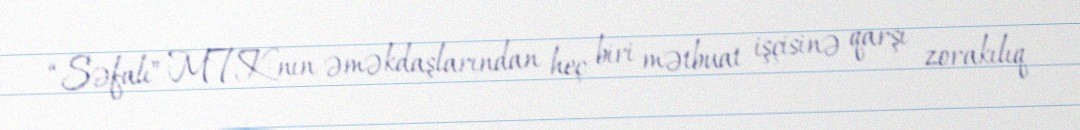
“Səfalı” MTK-nın əməkdaşlarından heç biri mətbuat işçisinə qarşı zorakılıq